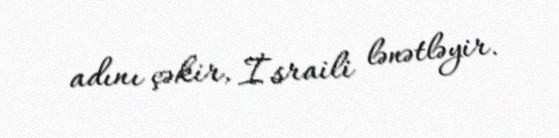
adını çəkir, İsraili lənətləyir.